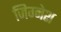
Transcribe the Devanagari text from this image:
जिग्नेश